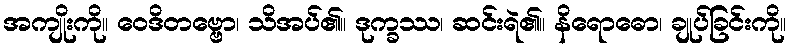
အကျိုးကို။ ဝေဒိတဗ္ဗော၊ သိအပ်၏။ ဒုက္ခဿ၊ ဆင်းရဲ၏။ နိရောဓော၊ ချုပ်ခြင်းကို။